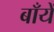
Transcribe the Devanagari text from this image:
बाँयें